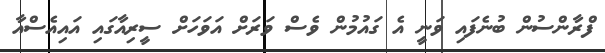
ފްރާންސުން ބުނެފައި ވަނީ އެ ގައުމުން ވެސް ވަރަށް އަވަހަށް ސީރިއާގައި އައިއެސްއާ